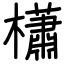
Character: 櫹